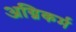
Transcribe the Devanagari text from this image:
अग्निकर्म